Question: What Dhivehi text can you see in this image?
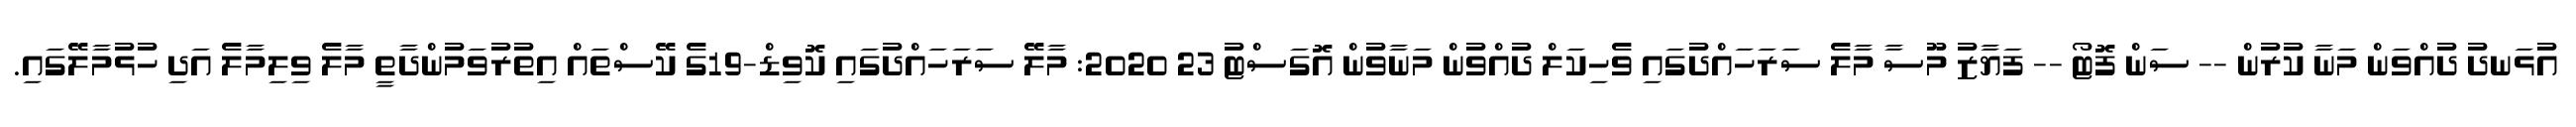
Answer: އުޅަނދު ދުއްވަން މަނާ ކުރުން -- ސަން ފޮޓޯ -- ފަޔާޒު މޫސާ މާލެ ސަރަހައްދުގައި ވެހިކަލް ދުއްވުން މަނާވުން އޮގަސްޓު 23 2020: މާލޭ ސަރަހައްދުގައި ކޮވިޑް-19ގެ ކޭސްތައް އިތުރުވަމުންދާތީ މާލެ ވިލިމާލެ އަދި ހުޅުމާލޭގައި.